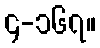
၄-၁၆၇။